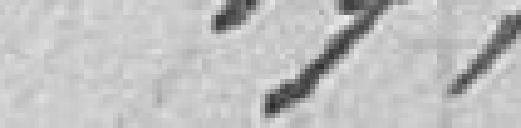
17,